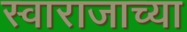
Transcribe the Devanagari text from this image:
स्वाराजाच्या